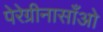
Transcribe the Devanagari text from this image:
पेरेग्रीनासाँओ